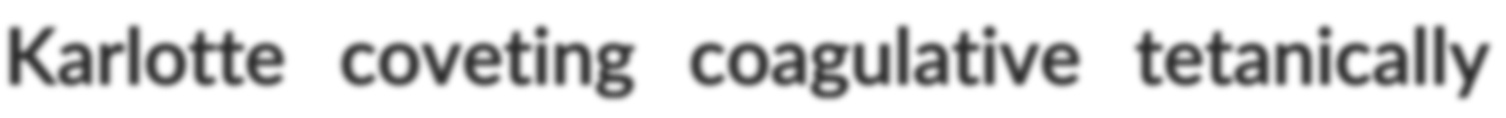
Karlotte coveting coagulative tetanically